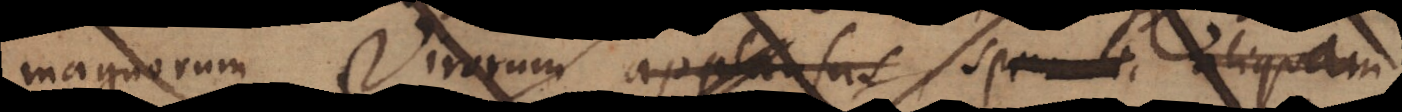
magnorum Virorum applausus sp_ aliquam